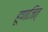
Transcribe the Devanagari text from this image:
हूणजित्‌